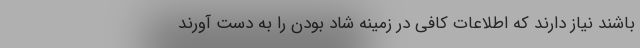
باشند نیاز دارند که اطلاعات کافی در زمینه شاد بودن را به دست آورند